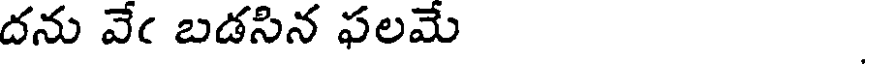
దను వేఁ బడసిన ఫలమే